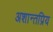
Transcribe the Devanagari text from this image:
अशान्तप्रिय